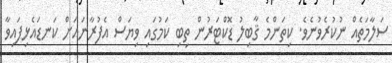
ސަލާމަތެއް ނުކުރެވުނެވެ. ކިތަންމެ ޤާބިލު ޑޮކްޓަރުން ތިބި ކަމުގައި ވިޔަސް އެފުރާނައަށް ކަނޑައެޅިފައިވާ